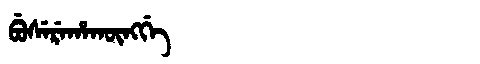
Manchu: ᠪᡠᠰᡝᡵᡝᡥᠠᡴᡡᠩᡤᡝ
Romanization: BUSEREHAKŪNGGE